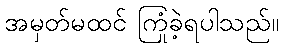
အမှတ်မထင် ကြုံခဲ့ရပါသည်။